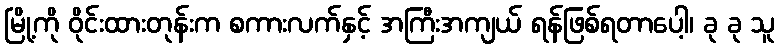
မြို့ကို ဝိုင်းထားတုန်းက စကားလက်နှင့် အကြီးအကျယ် ရန်ဖြစ်ရတာပေါ့၊ ခု ခု သူ